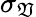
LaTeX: \sigma_{\mathfrak{V}}